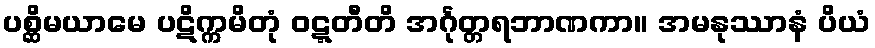
ပစ္ဆိမယာမေ ပဋိက္ကမိတုံ ဝဋ္ဋတီတိ အင်္ဂုတ္တရဘာဏကာ။ အမနုဿာနံ ပိယံ